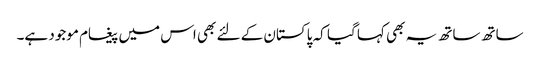
ساتھ ساتھ یہ بھی کہا گیا کہ پاکستان کے لئے بھی اس میں پیغام موجود ہے۔